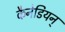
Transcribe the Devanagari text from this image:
कैनेडियन्